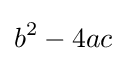
b^{2}-4ac